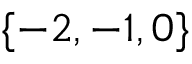
\{ - 2 , - 1 , 0 \}